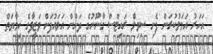
އަހަރު އަމަލުކުރަން ފެށި ސިވިލް ރައިޓްސް ގާނޫނުގެ ދަށުން އަލައުފަށް ވަޒީފާގެ ހިމާޔަތް